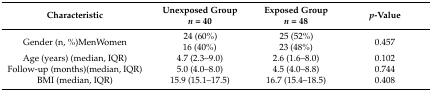
<table><thead><tr><td><b>Characteristic</b></td><td><b>Unexposed Group<i>n</i> = 40</b></td><td><b>Exposed Group<i>n</i> = 48</b></td><td><b><i>p</i>-Value</b></td></tr></thead><tbody><tr><td>Gender (n, %)MenWomen</td><td> 24 (60%)16 (40%)</td><td> 25 (52%)23 (48%)</td><td>0.457</td></tr><tr><td>Age (years) (median, IQR)</td><td>4.7 (2.3–9.0)</td><td>2.6 (1.6–8.0)</td><td>0.102</td></tr><tr><td>Follow-up (months)(median, IQR)</td><td>5.0 (4.0–8.0)</td><td>4.5 (4.0–8.8)</td><td>0.744</td></tr><tr><td>BMI (median, IQR)</td><td>15.9 (15.1–17.5)</td><td>16.7 (15.4–18.5)</td><td>0.408</td></tr></tbody></table>